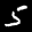
Label: 5